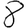
Digit: 8